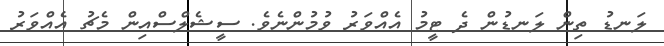
ލަނޑު ތިން ލަނޑުން ދެ ޓީމު އެއްވަރު ވުމުންނެވެ. ސީޝެލްސްއިން މެޗު އެއްވަރު